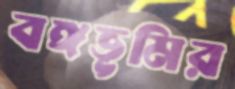
বঙ্গভূমির